Indian journal of veterinary science and animal husbandry - Volume 11,
Year: 1941
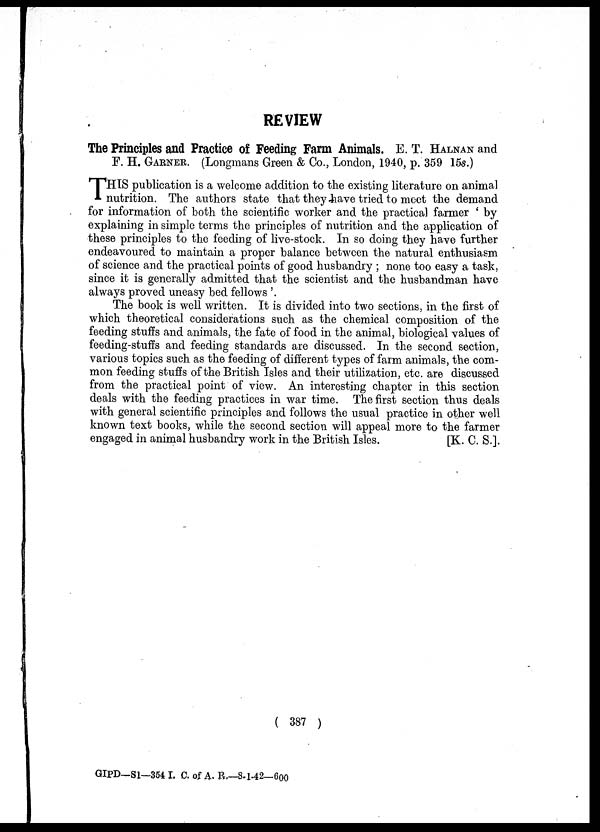
REVIEW
The Principles and Practice of Feeding Farm Animals. E. T. HALNAN and
F. H. GARNER. (Longmans Green & Co., London, 1940, p. 359 15s.)
T HIS publication is a welcome addition to the existing literature on animal
nutrition. The authors state that they have tried to meet the demand
for information of both the scientific worker and the practical farmer ' by
explaining in simple terms the principles of nutrition and the application of
these principles to the feeding of live-stock. In so doing they have further
endeavoured to maintain a proper balance between the natural enthusiasm
of science and the practical points of good husbandry ; none too easy a task,
since it is generally admitted that the scientist and the husbandman have
always proved uneasy bed fellows '.
The book is well written. It is divided into two sections, in the first of
which theoretical considerations such as the chemical composition of the
feeding stuffs and animals, the fate of food in the animal, biological values of
feeding-stuffs and feeding standards are discussed. In the second section,
various topics such as the feeding of different types of farm animals, the com-
mon feeding stuffs of the British Isles and their utilization, etc. are discussed
from the practical point of view. An interesting chapter in this section
deals with the feeding practices in war time. The first section thus deals
with general scientific principles and follows the usual practice in other well
known text books, while the second section will appeal more to the farmer
engaged in animal husbandry work in the British Isles.
[K. C. S.].
( 387 )
GIPD—S1—354 I. C. of A. R.—8-1-42—600